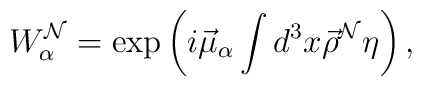
W_\alpha^{\cal N}=\exp\left(i\vec\mu_\alpha\int d^3x\vec\rho^{\cal N}\eta\right),